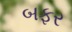
બફર